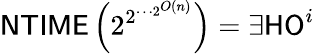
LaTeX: {\mathsf{NTIME}}\left(2^{2^{\cdots{2^{O(n)}}}}\right)=\exists{}{\mathsf{HO}}^{i}